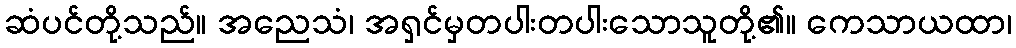
ဆံပင်တို့သည်။ အညေသံ၊ အရှင်မှတပါးတပါးသောသူတို့၏။ ကေသာယထာ၊